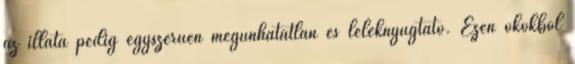
az illata pedig egyszerűen megunhatatlan és léleknyugtató. Ezen okokból